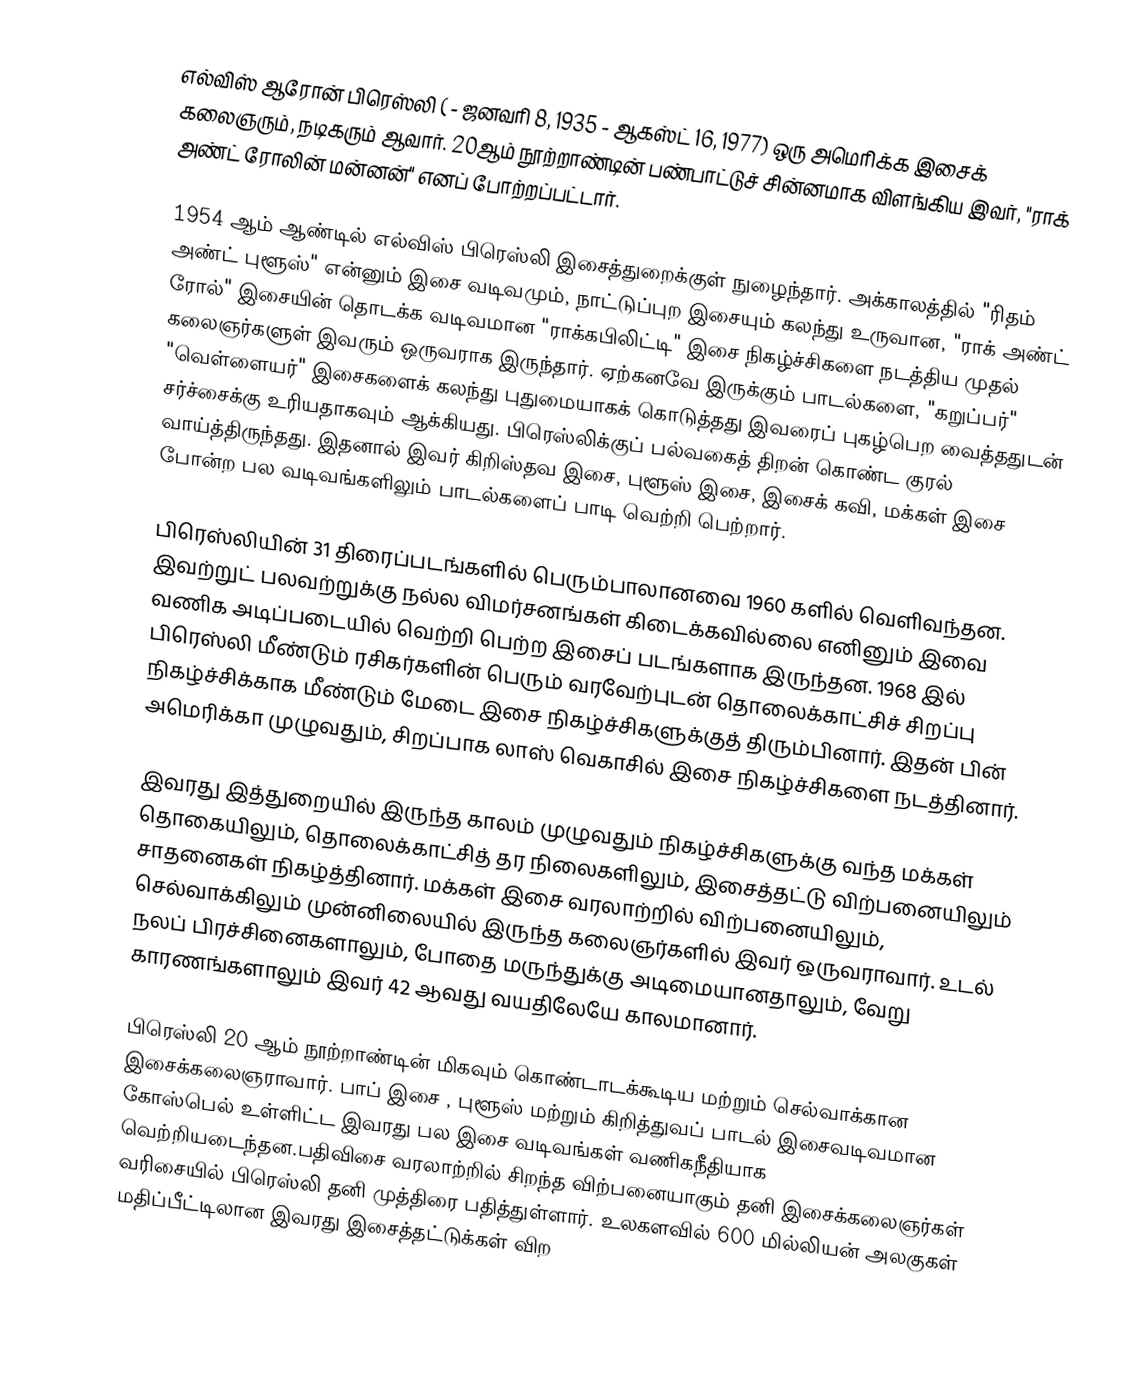
எல்விஸ் ஆரோன் பிரெஸ்லி ( -  ஜனவரி 8, 1935 - ஆகஸ்ட் 16, 1977) ஒரு அமெரிக்க இசைக் கலைஞரும், நடிகரும் ஆவார். 20ஆம் நூற்றாண்டின் பண்பாட்டுச் சின்னமாக விளங்கிய இவர், "ராக் அண்ட் ரோலின் மன்னன்" எனப் போற்றப்பட்டார்.

1954 ஆம் ஆண்டில் எல்விஸ் பிரெஸ்லி இசைத்துறைக்குள் நுழைந்தார். அக்காலத்தில் "ரிதம் அண்ட் புளூஸ்" என்னும் இசை வடிவமும், நாட்டுப்புற இசையும் கலந்து உருவான, "ராக் அண்ட் ரோல்" இசையின் தொடக்க வடிவமான "ராக்கபிலிட்டி" இசை நிகழ்ச்சிகளை நடத்திய முதல் கலைஞர்களுள் இவரும் ஒருவராக இருந்தார். ஏற்கனவே இருக்கும் பாடல்களை, "கறுப்பர்" "வெள்ளையர்" இசைகளைக் கலந்து புதுமையாகக் கொடுத்தது இவரைப் புகழ்பெற வைத்ததுடன் சர்ச்சைக்கு உரியதாகவும் ஆக்கியது. பிரெஸ்லிக்குப் பல்வகைத் திறன் கொண்ட குரல் வாய்த்திருந்தது. இதனால் இவர் கிறிஸ்தவ இசை, புளூஸ் இசை, இசைக் கவி, மக்கள் இசை போன்ற பல வடிவங்களிலும் பாடல்களைப் பாடி வெற்றி பெற்றார்.

பிரெஸ்லியின் 31 திரைப்படங்களில் பெரும்பாலானவை 1960 களில் வெளிவந்தன. இவற்றுட் பலவற்றுக்கு நல்ல விமர்சனங்கள் கிடைக்கவில்லை எனினும் இவை வணிக அடிப்படையில் வெற்றி பெற்ற இசைப் படங்களாக இருந்தன. 1968 இல் பிரெஸ்லி மீண்டும் ரசிகர்களின் பெரும் வரவேற்புடன் தொலைக்காட்சிச் சிறப்பு நிகழ்ச்சிக்காக மீண்டும் மேடை இசை நிகழ்ச்சிகளுக்குத் திரும்பினார். இதன் பின் அமெரிக்கா முழுவதும், சிறப்பாக லாஸ் வெகாசில் இசை நிகழ்ச்சிகளை நடத்தினார்.

இவரது இத்துறையில் இருந்த காலம் முழுவதும் நிகழ்ச்சிகளுக்கு வந்த மக்கள் தொகையிலும், தொலைக்காட்சித் தர நிலைகளிலும், இசைத்தட்டு விற்பனையிலும் சாதனைகள் நிகழ்த்தினார். மக்கள் இசை வரலாற்றில் விற்பனையிலும், செல்வாக்கிலும் முன்னிலையில் இருந்த கலைஞர்களில் இவர் ஒருவராவார். உடல் நலப் பிரச்சினைகளாலும், போதை மருந்துக்கு அடிமையானதாலும், வேறு காரணங்களாலும் இவர் 42 ஆவது வயதிலேயே காலமானார்.

பிரெஸ்லி 20 ஆம் நூற்றாண்டின் மிகவும் கொண்டாடக்கூடிய மற்றும் செல்வாக்கான இசைக்கலைஞராவார். பாப் இசை , புளூஸ் மற்றும் கிறித்துவப் பாடல் இசைவடிவமான கோஸ்பெல் உள்ளிட்ட இவரது பல இசை வடிவங்கள் வணிகநீதியாக வெற்றியடைந்தன.பதிவிசை வரலாற்றில் சிறந்த விற்பனையாகும் தனி இசைக்கலைஞர்கள் வரிசையில் பிரெஸ்லி தனி முத்திரை பதித்துள்ளார்.  உலகளவில் 600 மில்லியன் அலகுகள் மதிப்பீட்டிலான இவரது இசைத்தட்டுக்கள் விற